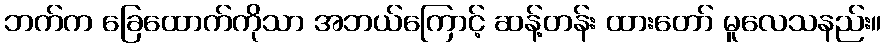
ဘက်က ခြေထောက်ကိုသာ အဘယ်ကြောင့် ဆန့်တန်း ထားတော် မူလေသနည်း။